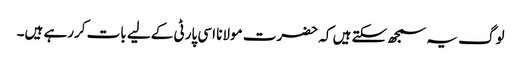
لوگ یہ سمجھ سکتے ہیں کہ حضرت مولانا اسی پارٹی کےلیے بات کررہے ہیں۔